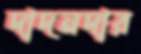
দাদনদার